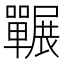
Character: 囅